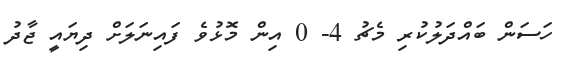
ހަސަން ބައްދަލުކުރި މެޗު 4- 0 އިން މޮޅުވެ ފައިނަލަށް ދިޔައީ ޖާދު